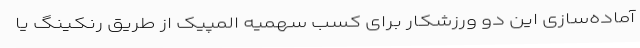
آماده‌سازی این دو ورزشکار برای کسب سهمیه المپیک از طریق رنکینگ یا